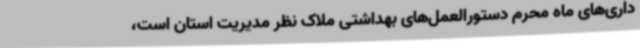
داری‌های ماه محرم دستورالعمل‌های بهداشتی ملاک نظر مدیریت استان است،